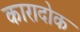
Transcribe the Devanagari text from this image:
कारादोक